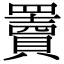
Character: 𦌷